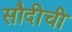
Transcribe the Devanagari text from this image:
सौदीची